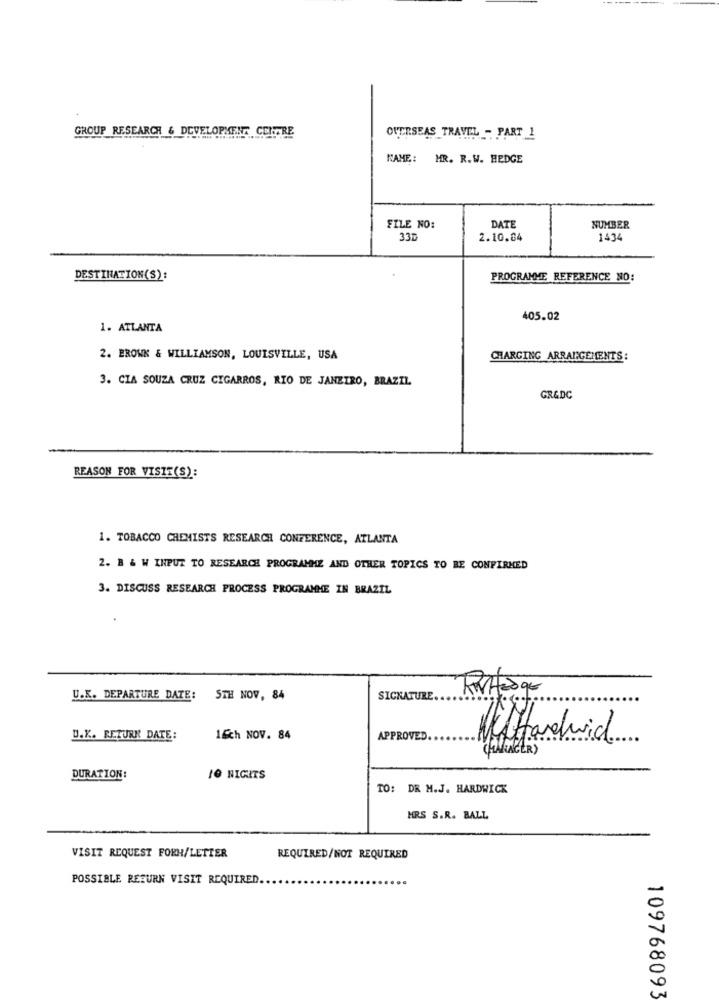
GROUP RESEARCH & DEVELOPMENT CENTRE
OVERSEAS TRAVEL - PART 1
NAME: MR. R.W. HEDGE
FILE NO:
DATE
NUMBER
33D
2.10.84
1434
DESTINATION(S):
PROGRAMME REFERENCE NO:
405.02
1. ATLANTA
2. BROWN & WILLIAMSON, LOUISVILLE, USA
CHARGING ARRANGEMENTS:
3. CIA SOUZA CRUZ CIGARROS, RIO DE JANEIRO, BRAZIL
GR&DC
REASON FOR VISIE(S):
1. TOBACCO CHEMISTS RESEARCH CONFERENCE, ATLANTA
2. B & W INPUT TO RESEARCH PROGRAMME AND OTHER TOPICS TO BE CONFIRMED
3. DISCUSS RESEARCH PROCESS PROGRAMME IN BRAZIL
U.K. DEPARTURE DATE: STH NOV, 84
SIGNATURE
U.K. RETURN DATE:
1&ch NOV. 84
APPROVED.
DURATION:
10 NIGITS
TO: DR M.J. HARDWICK
HRS S.R. BALL
VISIT REQUEST FORH/LETTER
REQUIRED/NOT REQUIRED
POSSIBLE RETURN VISIT REQUIRED.
109768093